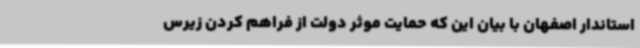
استاندار اصفهان با بیان این که حمایت موثر دولت از فراهم کردن زیرس